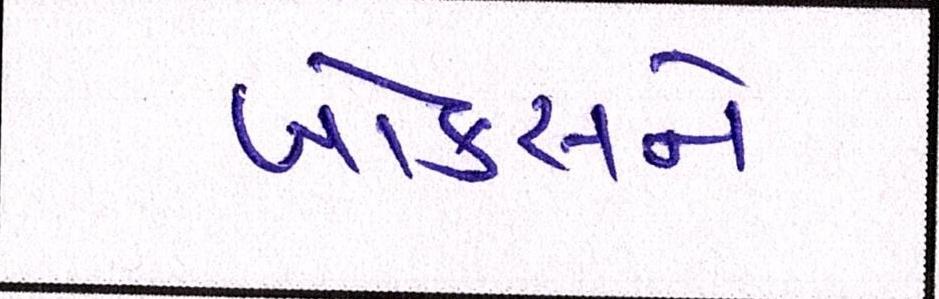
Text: બોક્સને